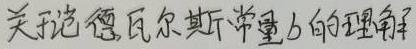
关于范德瓦尔斯常量$b$的理解